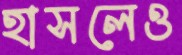
হাসলেও